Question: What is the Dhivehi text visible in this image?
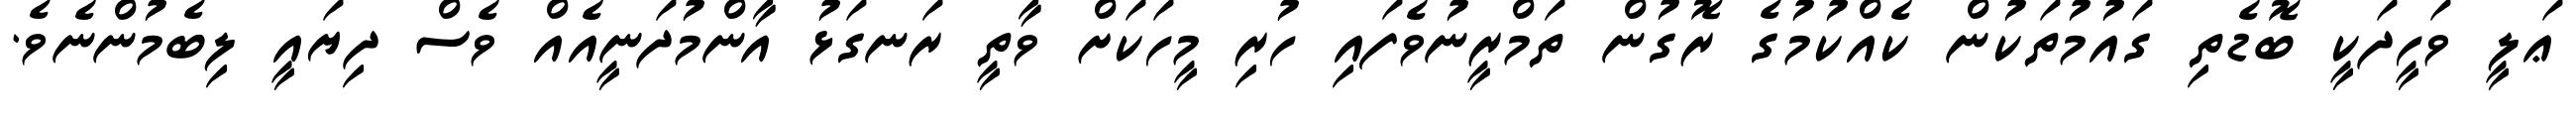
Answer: ޢަލީ ވަހީދަކީ ބޮޑެތި ގައުމުތަކުން ކެއްކުމުގެ ރޮގުން ތަމްރީނުވެފައި ހުރި މީހަކަށް ވާތީ ރަނގަޅު އާންމުދަނީއެއް ވެސް ދިޔައީ ލިބެމުންނެވެ.